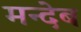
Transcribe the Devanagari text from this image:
मन्देब